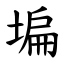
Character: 𡎚